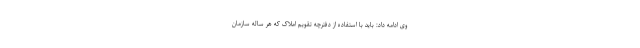
وی ادامه داد: باید با استفاده از دفترچه تقویم املاک که هر ساله سازمان